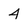
Character: 4